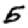
Digit: 5